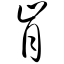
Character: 肯